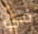
في